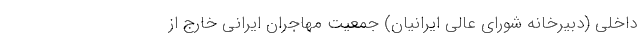
داخلی (دبیرخانه شورای عالی ایرانیان) جمعیت مهاجران ایرانی خارج از